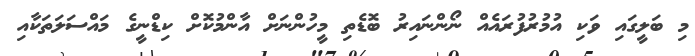
މި ބަލީގައި ވަކި އުމުރުފުރައެއް ނޯންނައިރު ބޮޑެތި މީހުންނަށް އާންމުކޮށް ކިޑްނީގެ މައްސަލަތަކާއި